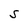
Character: S